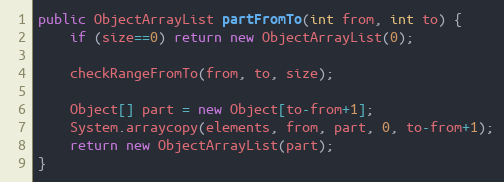
Language: Java
public ObjectArrayList partFromTo(int from, int to) {
	if (size==0) return new ObjectArrayList(0);

	checkRangeFromTo(from, to, size);

	Object[] part = new Object[to-from+1];
	System.arraycopy(elements, from, part, 0, to-from+1);
	return new ObjectArrayList(part);
}